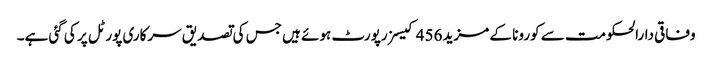
وفاقی دارالحکومت سے کورونا کے مزید 456 کیسز رپورٹ ہوئے ہیں جس کی تصدیق سرکاری پورٹل پر کی گئی ہے۔